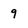
Character: 9